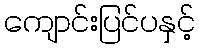
ကျောင်းပြင်ပနှင့်